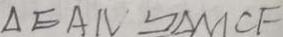
\Delta E A N \cong \Delta M C F